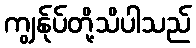
ကျွန်ုပ်တို့သိပါသည်